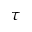
\tau